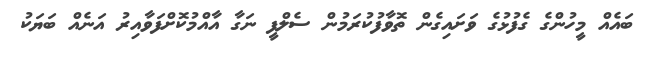
ބައެއް މީހުންގެ ގެފުޅުގެ ވަށައިގެން ތޮވާފުކުރަމުން ސެލްފީ ނަގާ އާއްމުކޮށްފަވާއިރު އަނެއް ބަޔަކު